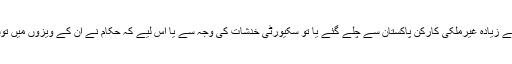
سنہ دو ہزار بارہ میں ساٹھ سے زیادہ غیرملکی کارکن پاکستان سے چلے گئے یا تو سکیورٹی خدشات کی وجہ سے یا اس لیے کہ حکام نے ان کے ویزوں میں توسیع کرنے سے انکار کر دیا۔